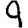
Digit: 9